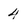
Character: 4